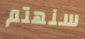
سنهتم